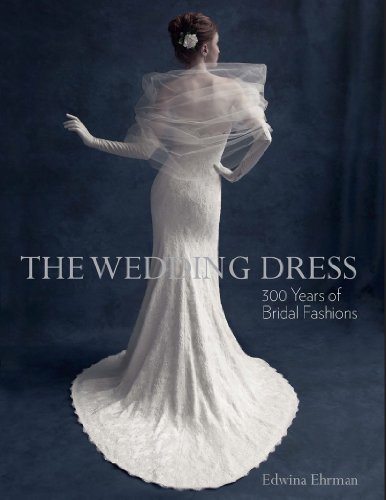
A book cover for The Wedding Dress: 300 Years of Bridal Fashions; Edwina Ehrman; Crafts, Hobbies & Home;